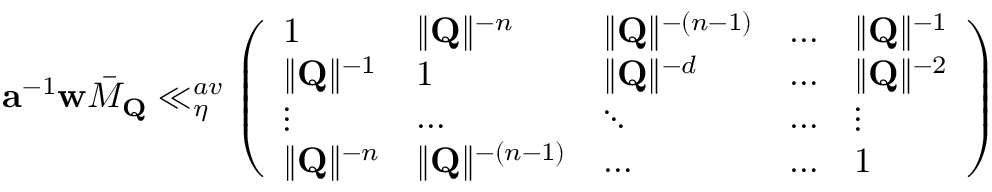
\mathbf { a } ^ { - 1 } \mathbf { w } \bar { M } _ { \mathbf { Q } } \ll _ { \eta } ^ { a v } \left( \begin{array} { l l l l l } { 1 } & { \Vert \mathbf { Q } \Vert ^ { - n } } & { \Vert \mathbf { Q } \Vert ^ { - ( n - 1 ) } } & { \dots } & { \Vert \mathbf { Q } \Vert ^ { - 1 } } \\ { \Vert \mathbf { Q } \Vert ^ { - 1 } } & { 1 } & { \Vert \mathbf { Q } \Vert ^ { - d } } & { \dots } & { \Vert \mathbf { Q } \Vert ^ { - 2 } } \\ { \vdots } & { \dots } & { \ddots } & { \dots } & { \vdots } \\ { \Vert \mathbf { Q } \Vert ^ { - n } } & { \Vert \mathbf { Q } \Vert ^ { - ( n - 1 ) } } & { \dots } & { \dots } & { 1 } \end{array} \right)